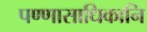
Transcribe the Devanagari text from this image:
पण्णासाधिकानि